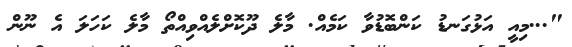
"...މިއީ އަޅުގަނޑު ކަންބޮޑުވާ ކަމެއް. މާލެ ދޫކޮށްލެއްވިއްތޯ މާލެ ކަހަލަ އެ ނޫން